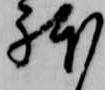
躰